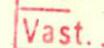
Vast.